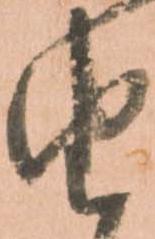
由